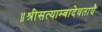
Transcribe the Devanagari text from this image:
॥श्रीसत्याम्बादेवतायै